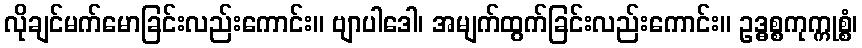
လိုချင်မက်မောခြင်းလည်းကောင်း။ ဗျာပါဒေါ၊ အမျက်ထွက်ခြင်းလည်းကောင်း။ ဥဒ္ဓစ္စကုက္ကုစ္စံ၊